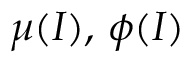
\mu ( I ) , \, \phi ( I )